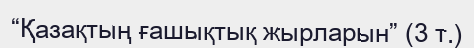
“Қазақтың ғашықтық жырларын” (3 т.)